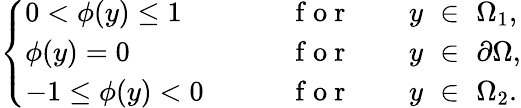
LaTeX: \left\{ \begin{array}{ll}{0<\phi({y})\leq 1\qquad}&{\mathrm{~f~o~r~}\qquad{y}\, \, \in\, \, \Omega_{1},}\\ {\phi({y})=0}&{\mathrm{~f~o~r~}\qquad{y}\, \, \in\, \, \partial\Omega,}\\ {-1\leq\phi({y})<0\qquad}&{\mathrm{~f~o~r~}\qquad{y}\, \, \in\, \, \Omega_{2}.}\end{array}\right.